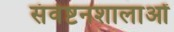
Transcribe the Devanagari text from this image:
संवेष्टनशालाओं